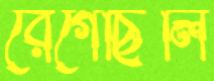
রেগেছিলি